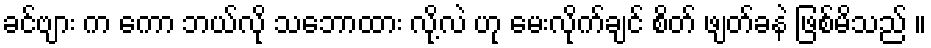
ခင်ဗျား က ကော ဘယ်လို သဘောထား လို့လဲ ဟု မေးလိုက်ချင် စိတ် ဖျတ်ခနဲ ဖြစ်မိသည် ။